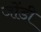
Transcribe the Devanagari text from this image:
जोंडी